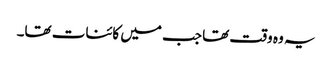
یہ وہ وقت تھا جب میں کائنات تھا۔